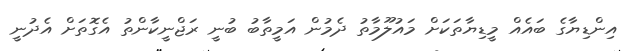
އިންޑިޔާގެ ބައެއް މީޑިޔާތަކަށް މައުލޫމާތު ދެމުން އަމީތާބު ބުނީ ރަޖްނީކާންތު އެގޮތަށް އެދުނީ